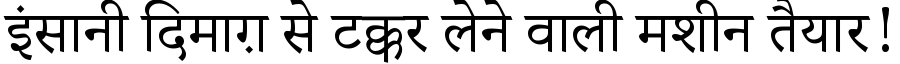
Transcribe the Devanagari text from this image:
इंसानी दिमाग़ से टक्कर लेने वाली मशीन तैयार!